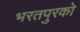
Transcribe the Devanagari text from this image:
भरतपुरको